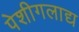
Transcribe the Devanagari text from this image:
पेशीगलाद्य